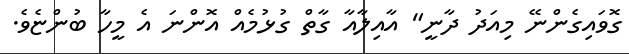
ގޮވައިގެންނޭ މިއަދު ދާނީ" އާއިލާއާ ގާތް ގުޅުމެއް އޮންނަ އެ މީހާ ބުންޏެވެ.